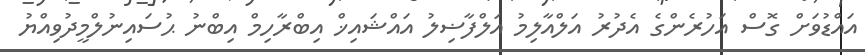
އައްޑުވަށް ގޮސް އަހުރެންގެ އެދުރު އަލްއާލިމު އަލްފާޟިލު އައްޝައިޚް އިބްރާހިމް އިބްނު ޙުސައިނުލްމީދުވިއްޔު